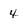
Character: 4